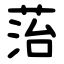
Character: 菭